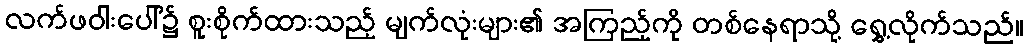
လက်ဖဝါးပေါ်၌ စူးစိုက်ထားသည့် မျက်လုံးများ၏ အကြည့်ကို တစ်နေရာသို့ ရွှေ့လိုက်သည်။